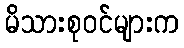
မိသားစုဝင်များက